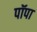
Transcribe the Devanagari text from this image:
पॉपा